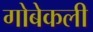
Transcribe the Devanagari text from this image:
गोबेकली